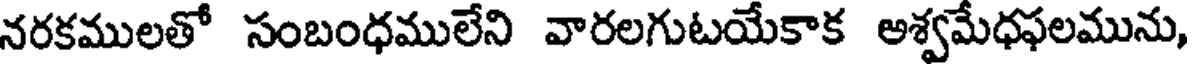
నరకములతో సంబంధములేని వారలగుటయేకాక అశ్వమేధఫలమును,